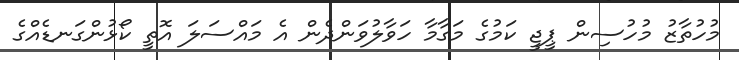
މުހުތާޒު މުހުސިން ޕީޖީ ކަމުގެ މަގާމާ ހަވާލުވަންދެން އެ މައްސަލަ އޮތީ ކޯޅުންގަނޑެއްގެ